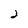
Character: 2